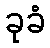
ခုခံ